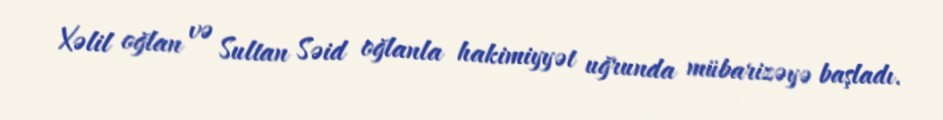
Xəlil oğlan və Sultan Səid oğlanla hakimiyyət uğrunda mübarizəyə başladı.